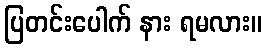
ပြတင်းပေါက် နား ရမလား။